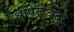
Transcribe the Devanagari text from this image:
श्रीपेरूंबदूर